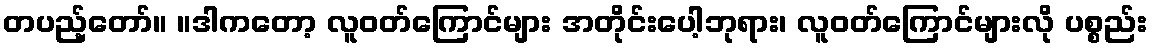
တပည့်တော်။ ။ဒါကတော့ လူဝတ်ကြောင်များ အတိုင်းပေါ့ဘုရား၊ လူဝတ်ကြောင်များလို ပစ္စည်း